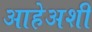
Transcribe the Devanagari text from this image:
आहेअशी